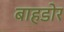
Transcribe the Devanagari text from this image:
बाहडोर